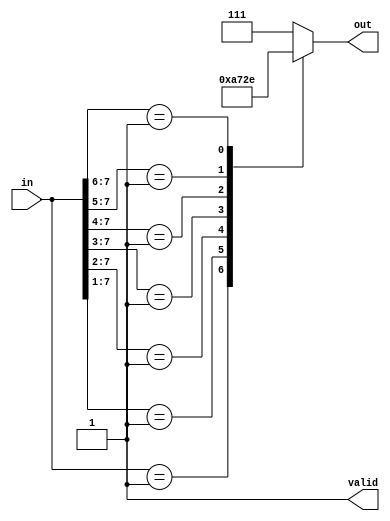
module relative_encoder (
    input  wire [N-1:0] in,   // N input lines (one-hot encoded)
    output reg  [$clog2(N)-1:0] out, // Output binary representation
    output reg  valid // Indicates if any input is active
);
    
    parameter N = 8; // Number of input lines (adjustable)

    always @(*) begin
        // Default values
        out = 0;
        valid = 0;
        
        // Encoding logic
        casez (in)
            8'b00000001: begin out = 3'd0; valid = 1; end // Input 0 active
            8'b0000001?: begin out = 3'd1; valid = 1; end // Input 1 active
            8'b000001??: begin out = 3'd2; valid = 1; end // Input 2 active
            8'b00001???: begin out = 3'd3; valid = 1; end // Input 3 active
            8'b0001????: begin out = 3'd4; valid = 1; end // Input 4 active
            8'b001?????: begin out = 3'd5; valid = 1; end // Input 5 active
            8'b01??????: begin out = 3'd6; valid = 1; end // Input 6 active
            8'b1????????: begin out = 3'd7; valid = 1; end // Input 7 active
            default: begin out = 3'd0; valid = 0; end // No active input
        endcase
    end

endmodule